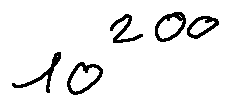
1 0 ^ { 2 0 0 }